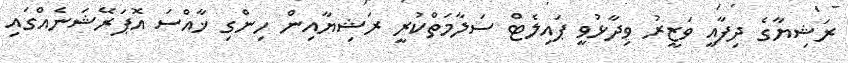
ރަޝިޔާގެ ދިފާއީ ވަޒީރު ވިދާޅުވީ ޕައިލެޓް ސަލާމަތްކުރީ ރަޝިޔާއިން ހިންގި ޚާއްސަ އޮޕަރޭޝަނެއްގައި